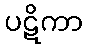
ပဋိကာ